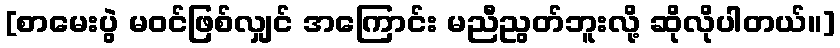
[စာမေးပွဲ မဝင်ဖြစ်လျှင် အကြောင်း မညီညွတ်ဘူးလို့ ဆိုလိုပါတယ်။]